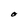
Character: O